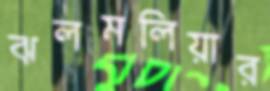
ঝলমলিয়ার